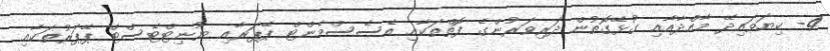
4- ކިޔަވައިދޭ މާއްދާއާއި ގުޅޭގޮތުން ދަރިވަރުންގެ ފޮތްތަކާއި އެސެސްމެންޓް ޕޭޕަރާއި ޔުނިޓްޓެސްޓް ޕޭޕަރުތަކާއި